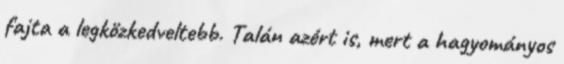
fajta a legközkedveltebb. Talán azért is, mert a hagyományos